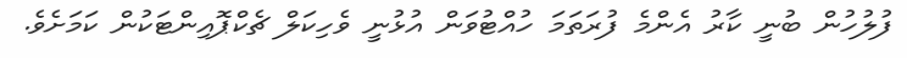
ފުލުހުން ބުނީ ކާރު އެންމެ ފުރަތަމަ ހުއްޓުވަން އުޅުނީ ވެހިކަލް ޗެކްޕޮއިންޓަކުން ކަމަށެވެ.